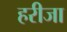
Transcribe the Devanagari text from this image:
हरीजा